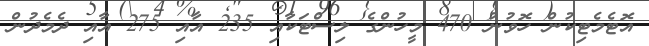
އޮޓެމެޓިކުން ހޮވުނު 470 މީހުންގެ ލިސްޓަކާއި 235 އާއި 275 އާއި ދެމެދުން